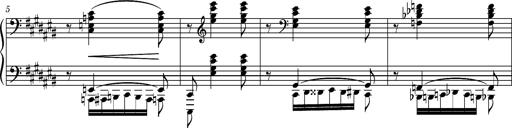
Title: Ungarische Nationalmelodien, S.243
Composer: Franz Liszt